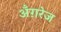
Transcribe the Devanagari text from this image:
अँग़रेज